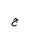
Letter: _gim